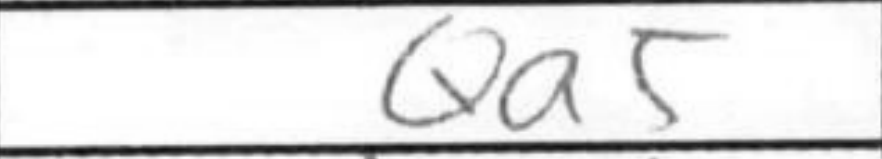
Transcription: Qa5